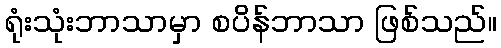
ရုံးသုံးဘာသာမှာ စပိန်ဘာသာ ဖြစ်သည်။